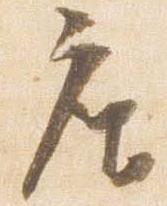
座